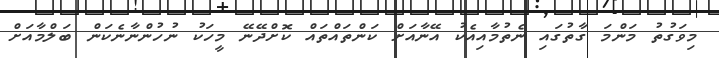
މިވަގުތު މަންމަ ގާތުގައި ނެތުމާއިއެކު އޭނާއަށް ކަންތައްތައް ކޮށްދޭނޭ މީހަކު ނުހުންނާނެކަން ބަލްމާއަށް